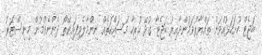
ބަޖެޓް ހުށަހަޅުއްވަން ތައްޔާރުވަމުންދާއިރު ބަޖެޓާ ގުޅޭ ހުރިހާ މަސައްކަތެއް ނިންމާލެވިފައިވޭތޯ ދެންނެވުމުން މިނިސްޓަރު